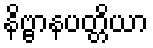
နိဗ္ဗာနပတ္တိယာ